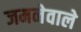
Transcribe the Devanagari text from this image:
जमनेवाले